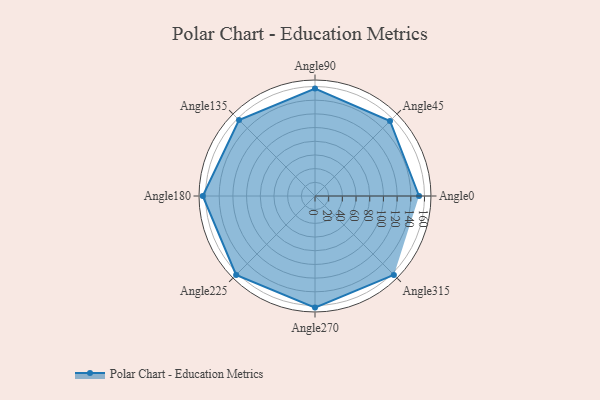
{"axis": {"x": "Angle", "y": "Radius"}, "legend": [""], "data": [{"x": "Angle0", "y": 152.0, "type": ""}, {"x": "Angle45", "y": 155.0, "type": ""}, {"x": "Angle90", "y": 157.0, "type": ""}, {"x": "Angle135", "y": 157.0, "type": ""}, {"x": "Angle180", "y": 164.0, "type": ""}, {"x": "Angle225", "y": 163.0, "type": ""}, {"x": "Angle270", "y": 163.0, "type": ""}, {"x": "Angle315", "y": 163.0, "type": ""}]}